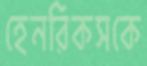
হেনরিকসকে